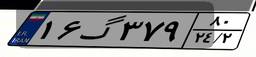
۱۶گ۳۷۹۸۰